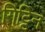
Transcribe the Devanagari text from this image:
गिट्टिन